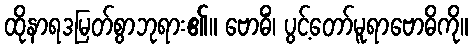
ထိုနာရဒမြတ်စွာဘုရား၏။ ဗောဓိံ၊ ပွင့်တော်မူရာဗောဓိကို။